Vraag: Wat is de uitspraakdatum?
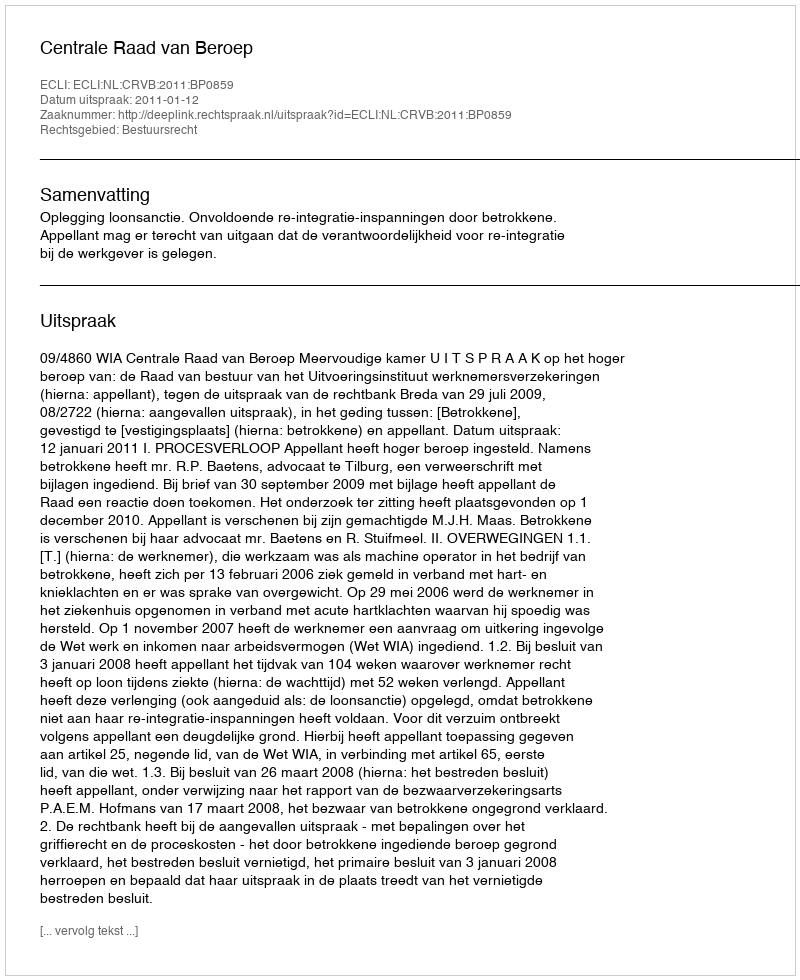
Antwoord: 2011-01-12